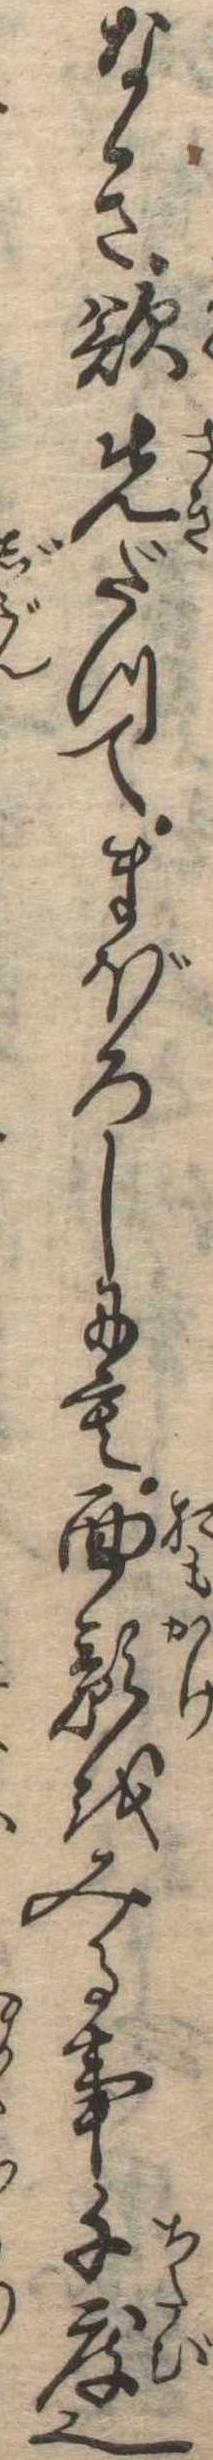
なき欲先だつてまぼろしにも面影をみる事千度也